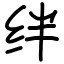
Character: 绊